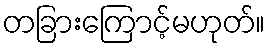
တခြားကြောင့်မဟုတ်။